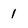
Character: 1